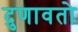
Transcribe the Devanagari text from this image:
दुणावतो